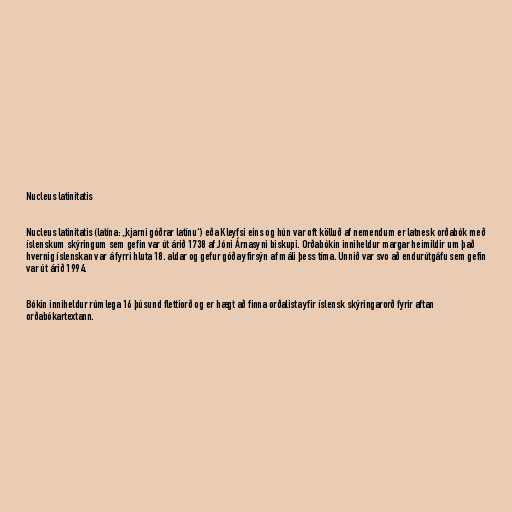
Nucleus latinitatis

Nucleus latinitatis (latína: „kjarni góðrar latínu“) eða Kleyfsi eins og hún var oft kölluð af nemendum er latnesk orðabók með
íslenskum skýringum sem gefin var út árið 1738 af Jóni Árnasyni biskupi. Orðabókin inniheldur margar heimildir um það
hvernig íslenskan var á fyrri hluta 18. aldar og gefur góða yfirsýn af máli þess tíma. Unnið var svo að endurútgáfu sem gefin
var út árið 1994.

Bókin inniheldur rúmlega 16 þúsund flettiorð og er hægt að finna orðalista yfir íslensk skýringarorð fyrir aftan
orðabókartextann.